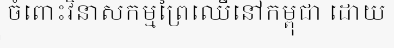
ចំពោះវិនាសកម្មព្រៃឈើនៅកម្ពុជា ដោយ